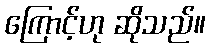
ကြောင့်ဟု ဆိုသည်။